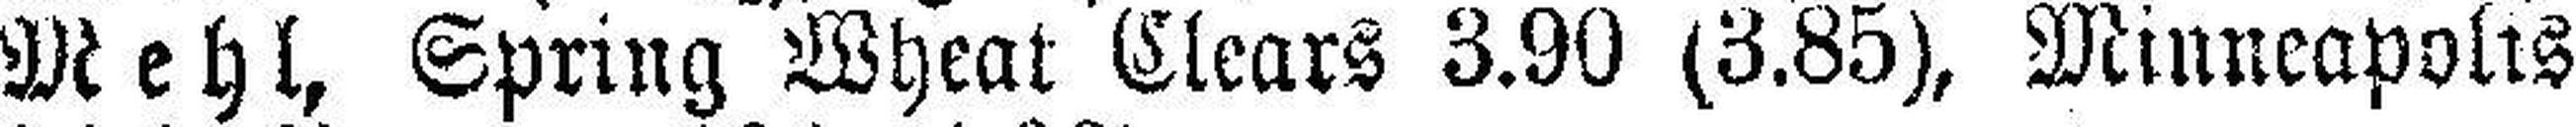
Mehl, Spring Wheat Clears 3.90 (3.85), Minneapolts